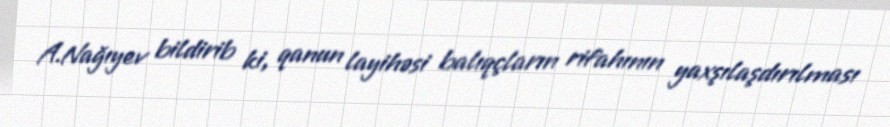
A.Nağıyev bildirib ki, qanun layihəsi balıqçların rifahının yaxşılaşdırılması